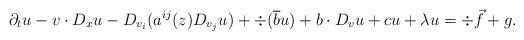
LaTeX: \begin{align*} \partial_t u - v \cdot D_x u - D_{v_i} (a^{i j} (z) D_{v_j} u) + \div (\overline{b} u) + b \cdot D_{v} u + c u + \lambda u = \div \vec f + g.\end{align*}